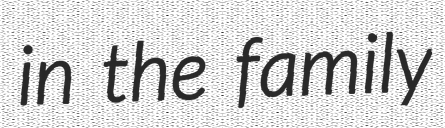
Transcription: in the family